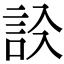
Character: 𧦁